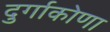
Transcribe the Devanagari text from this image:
दुर्गाकोणा